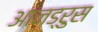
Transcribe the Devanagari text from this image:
आनड्रुस